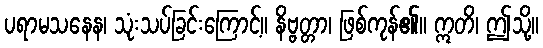
ပရာမသနေန၊ သုံးသပ်ခြင်းကြောင့်။ နိဗ္ဗတ္တာ၊ ဖြစ်ကုန်၏။ ဣတိ၊ ဤသို့။